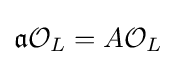
{\mathfrak {a}}{\mathcal {O}}_{L}=A{\mathcal {O}}_{L}